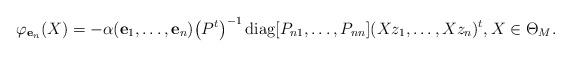
LaTeX: \begin{align*} \varphi_{{\bf e}_n}(X)=-\alpha({\bf e}_1,\dots,{\bf e}_n)\big(P^t\big)^{-1}\operatorname{diag}[P_{n1},\dots,P_{nn}](Xz_1,\dots,Xz_n)^t, X\in\Theta_M. \end{align*}